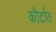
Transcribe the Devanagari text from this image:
कौर्टात